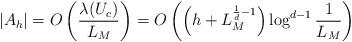
LaTeX: \begin{align*}|A_h| = O \left( \frac{\lambda (U_c)}{L_M} \right) = O \left( \left( h + L_M^{\frac{1}{d}-1} \right) \log^{d-1} \frac{1}{L_M} \right)\end{align*}